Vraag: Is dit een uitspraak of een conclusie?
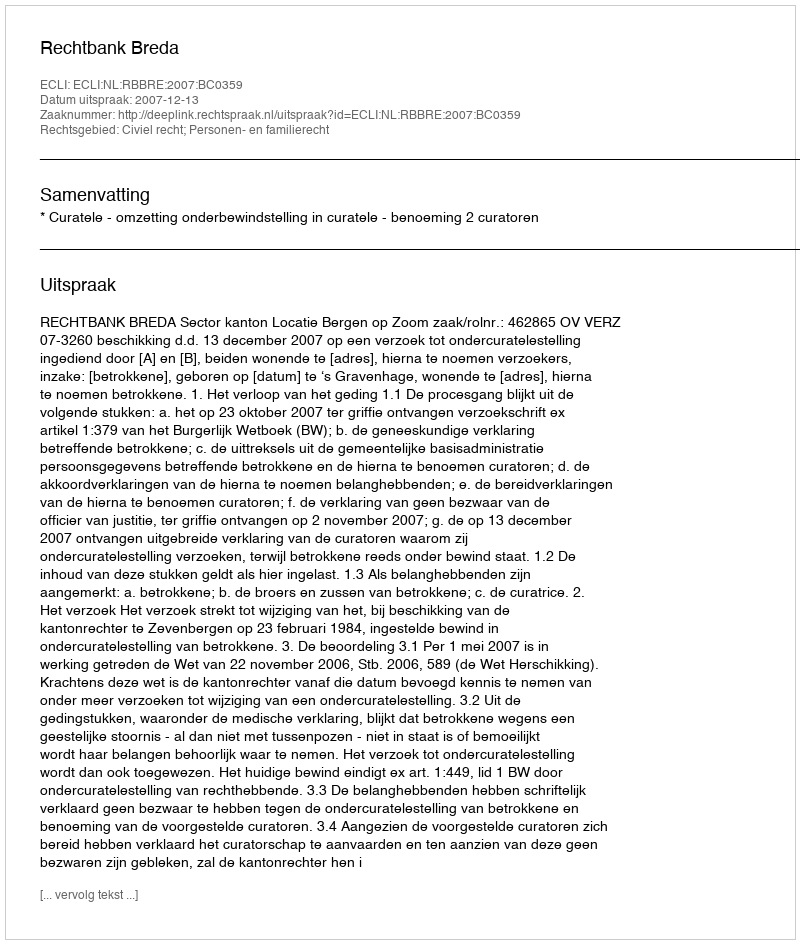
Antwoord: Uitspraak